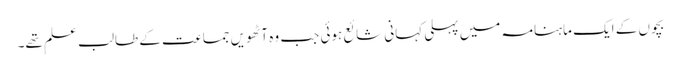
بچوں کے ایک ماہنامہ میں پہلی کہانی شائع ہوئی جب وہ آٹھویں جماعت کے طالب علم تھے۔